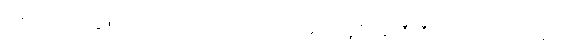
သရက်ပင်ပျိုတို့ဖြင့် တင့်တယ်သော ကုန်းထိပ်၌။ မဟာထူပံ၊ စေတီကြီးကို။ ကာရောပေတွာ၊